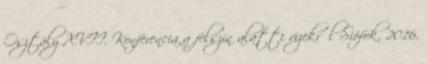
Osztály XVII. Konferencia a felszín alatti vizekről Siófok, 2016.